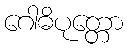
ဂေါဓိပုတ္တော